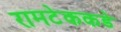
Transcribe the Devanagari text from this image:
रामटेककडे